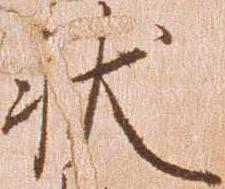
状